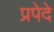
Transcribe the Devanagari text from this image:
प्रपेदे